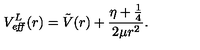
V _ { \it e f f } ^ { L } ( r ) = \tilde { V } ( r ) + \frac { \eta + \frac { 1 } { 4 } } { 2 \mu r ^ { 2 } } .